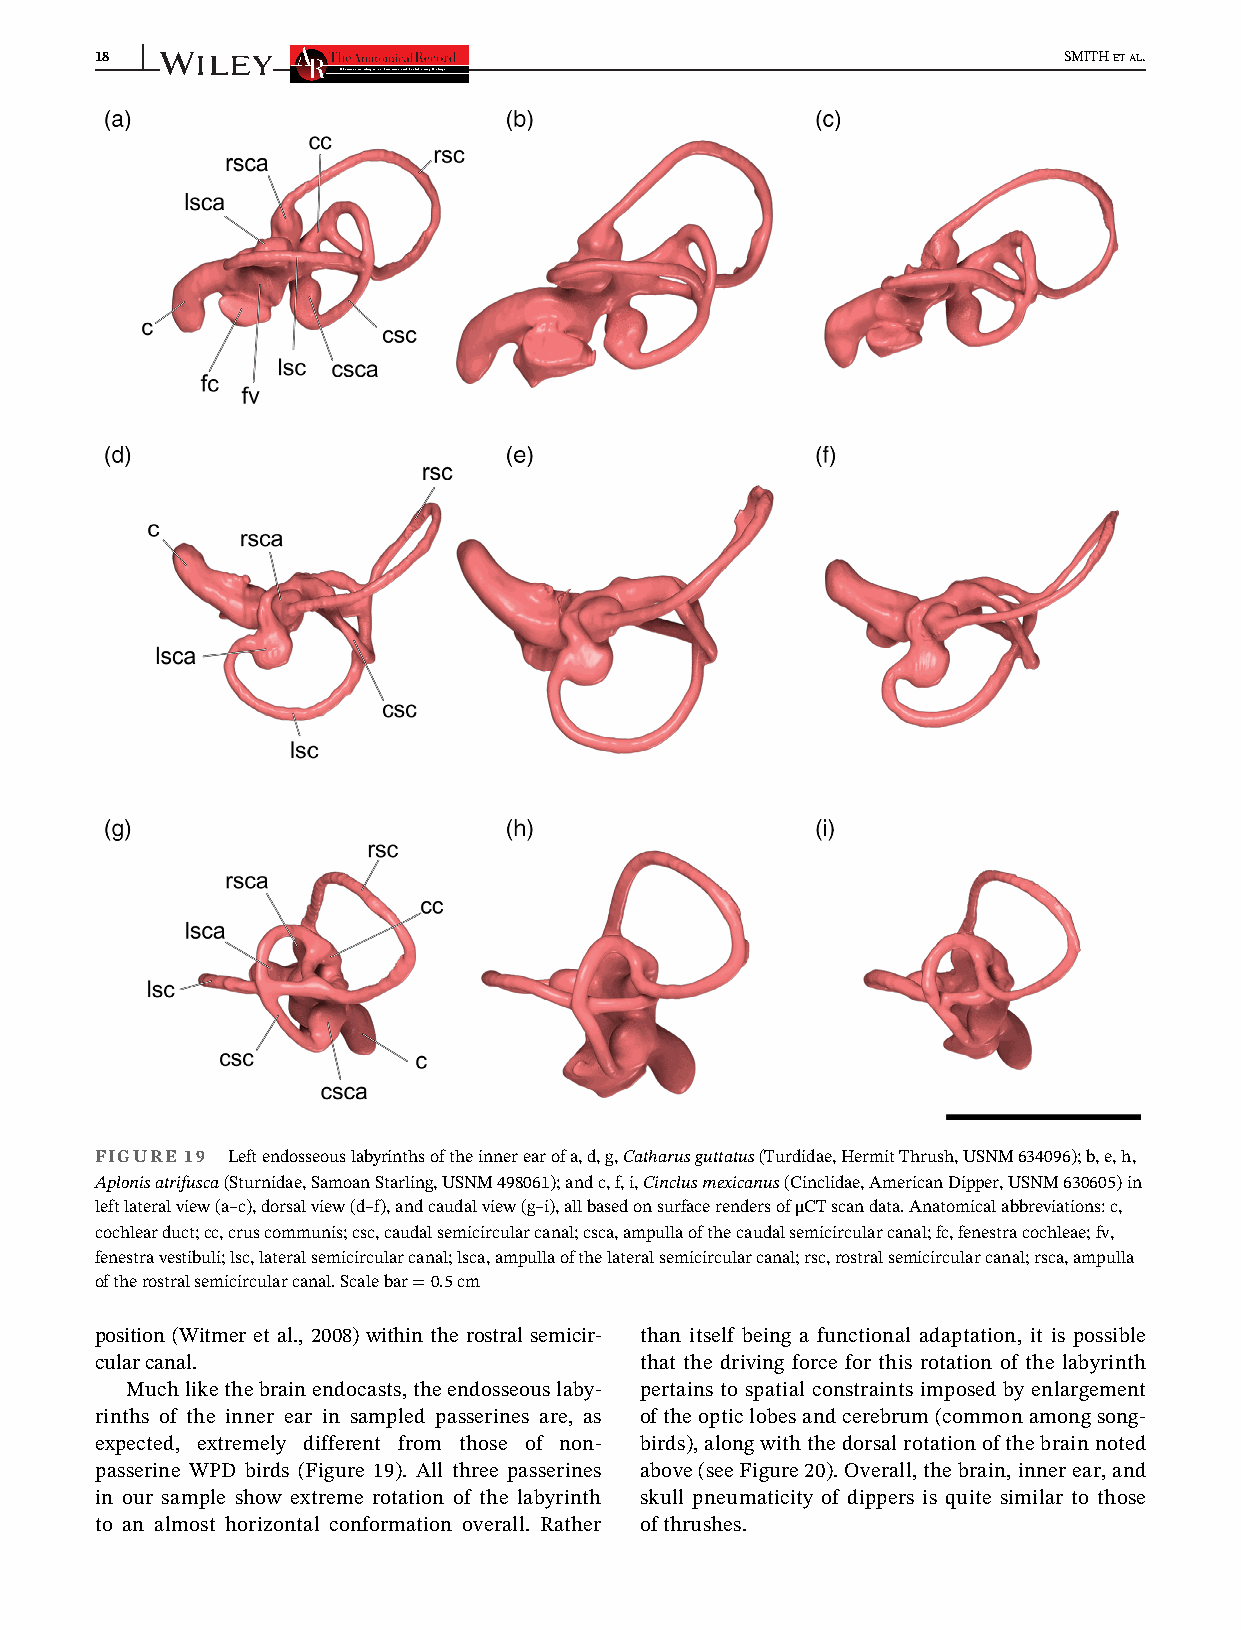
18                                                              SMITHETAL.
 FIGURE 19 Leftendosseouslabyrinthsoftheinnerearofa,d,g,Catharusguttatus(Turdidae,HermitThrush,USNM634096);b,e,h,
 Aplonisatrifusca(Sturnidae,SamoanStarling,USNM498061);andc,f,i,Cinclusmexicanus(Cinclidae,AmericanDipper,USNM630605)in
 leftlateralview(a–c),dorsalview(d–f),andcaudalview(g–i),allbasedonsurfacerendersofμCTscandata.Anatomicalabbreviations:c,
 cochlearduct;cc,cruscommunis;csc,caudalsemicircularcanal;csca,ampullaofthecaudalsemicircularcanal;fc,fenestracochleae;fv,
 fenestravestibuli;lsc,lateralsemicircularcanal;lsca,ampullaofthelateralsemicircularcanal;rsc,rostralsemicircularcanal;rsca,ampulla
 oftherostralsemicircularcanal.Scalebar=0.5cm
 position (Witmer et al., 2008) within the rostral semicir- than itself being a functional adaptation, it is possible
 cularcanal.                         that the driving force for this rotation of the labyrinth
 Muchlikethebrainendocasts,theendosseouslaby- pertains to spatial constraints imposed by enlargement
 rinths of the inner ear in sampled passerines are, as ofthe opticlobes and cerebrum (common among song-
 expected, extremely different from those of non- birds),alongwiththedorsalrotationofthebrainnoted
 passerine WPD birds (Figure 19). All three passerines above(seeFigure20).Overall,thebrain,innerear,and
 in our sample show extreme rotation of the labyrinth skull pneumaticity of dippers is quite similar to those
 to an almost horizontal conformation overall. Rather ofthrushes.